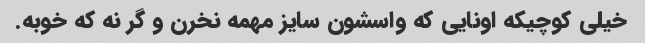
خیلی کوچیکه اونایی که واسشون سایز مهمه نخرن و گر نه که خوبه.